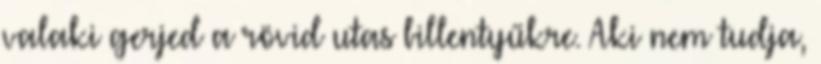
valaki gerjed a rövid utas billentyűkre. Aki nem tudja,